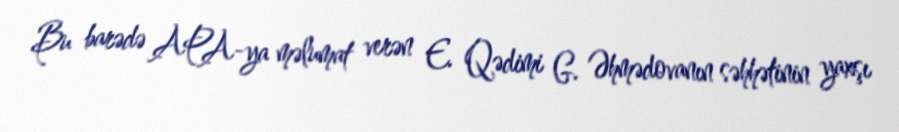
Bu barədə APA-ya məlumat verən E. Qədimi G. Əhmədovanın səhhətinin yaxşı